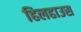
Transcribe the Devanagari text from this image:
हिलहाउस